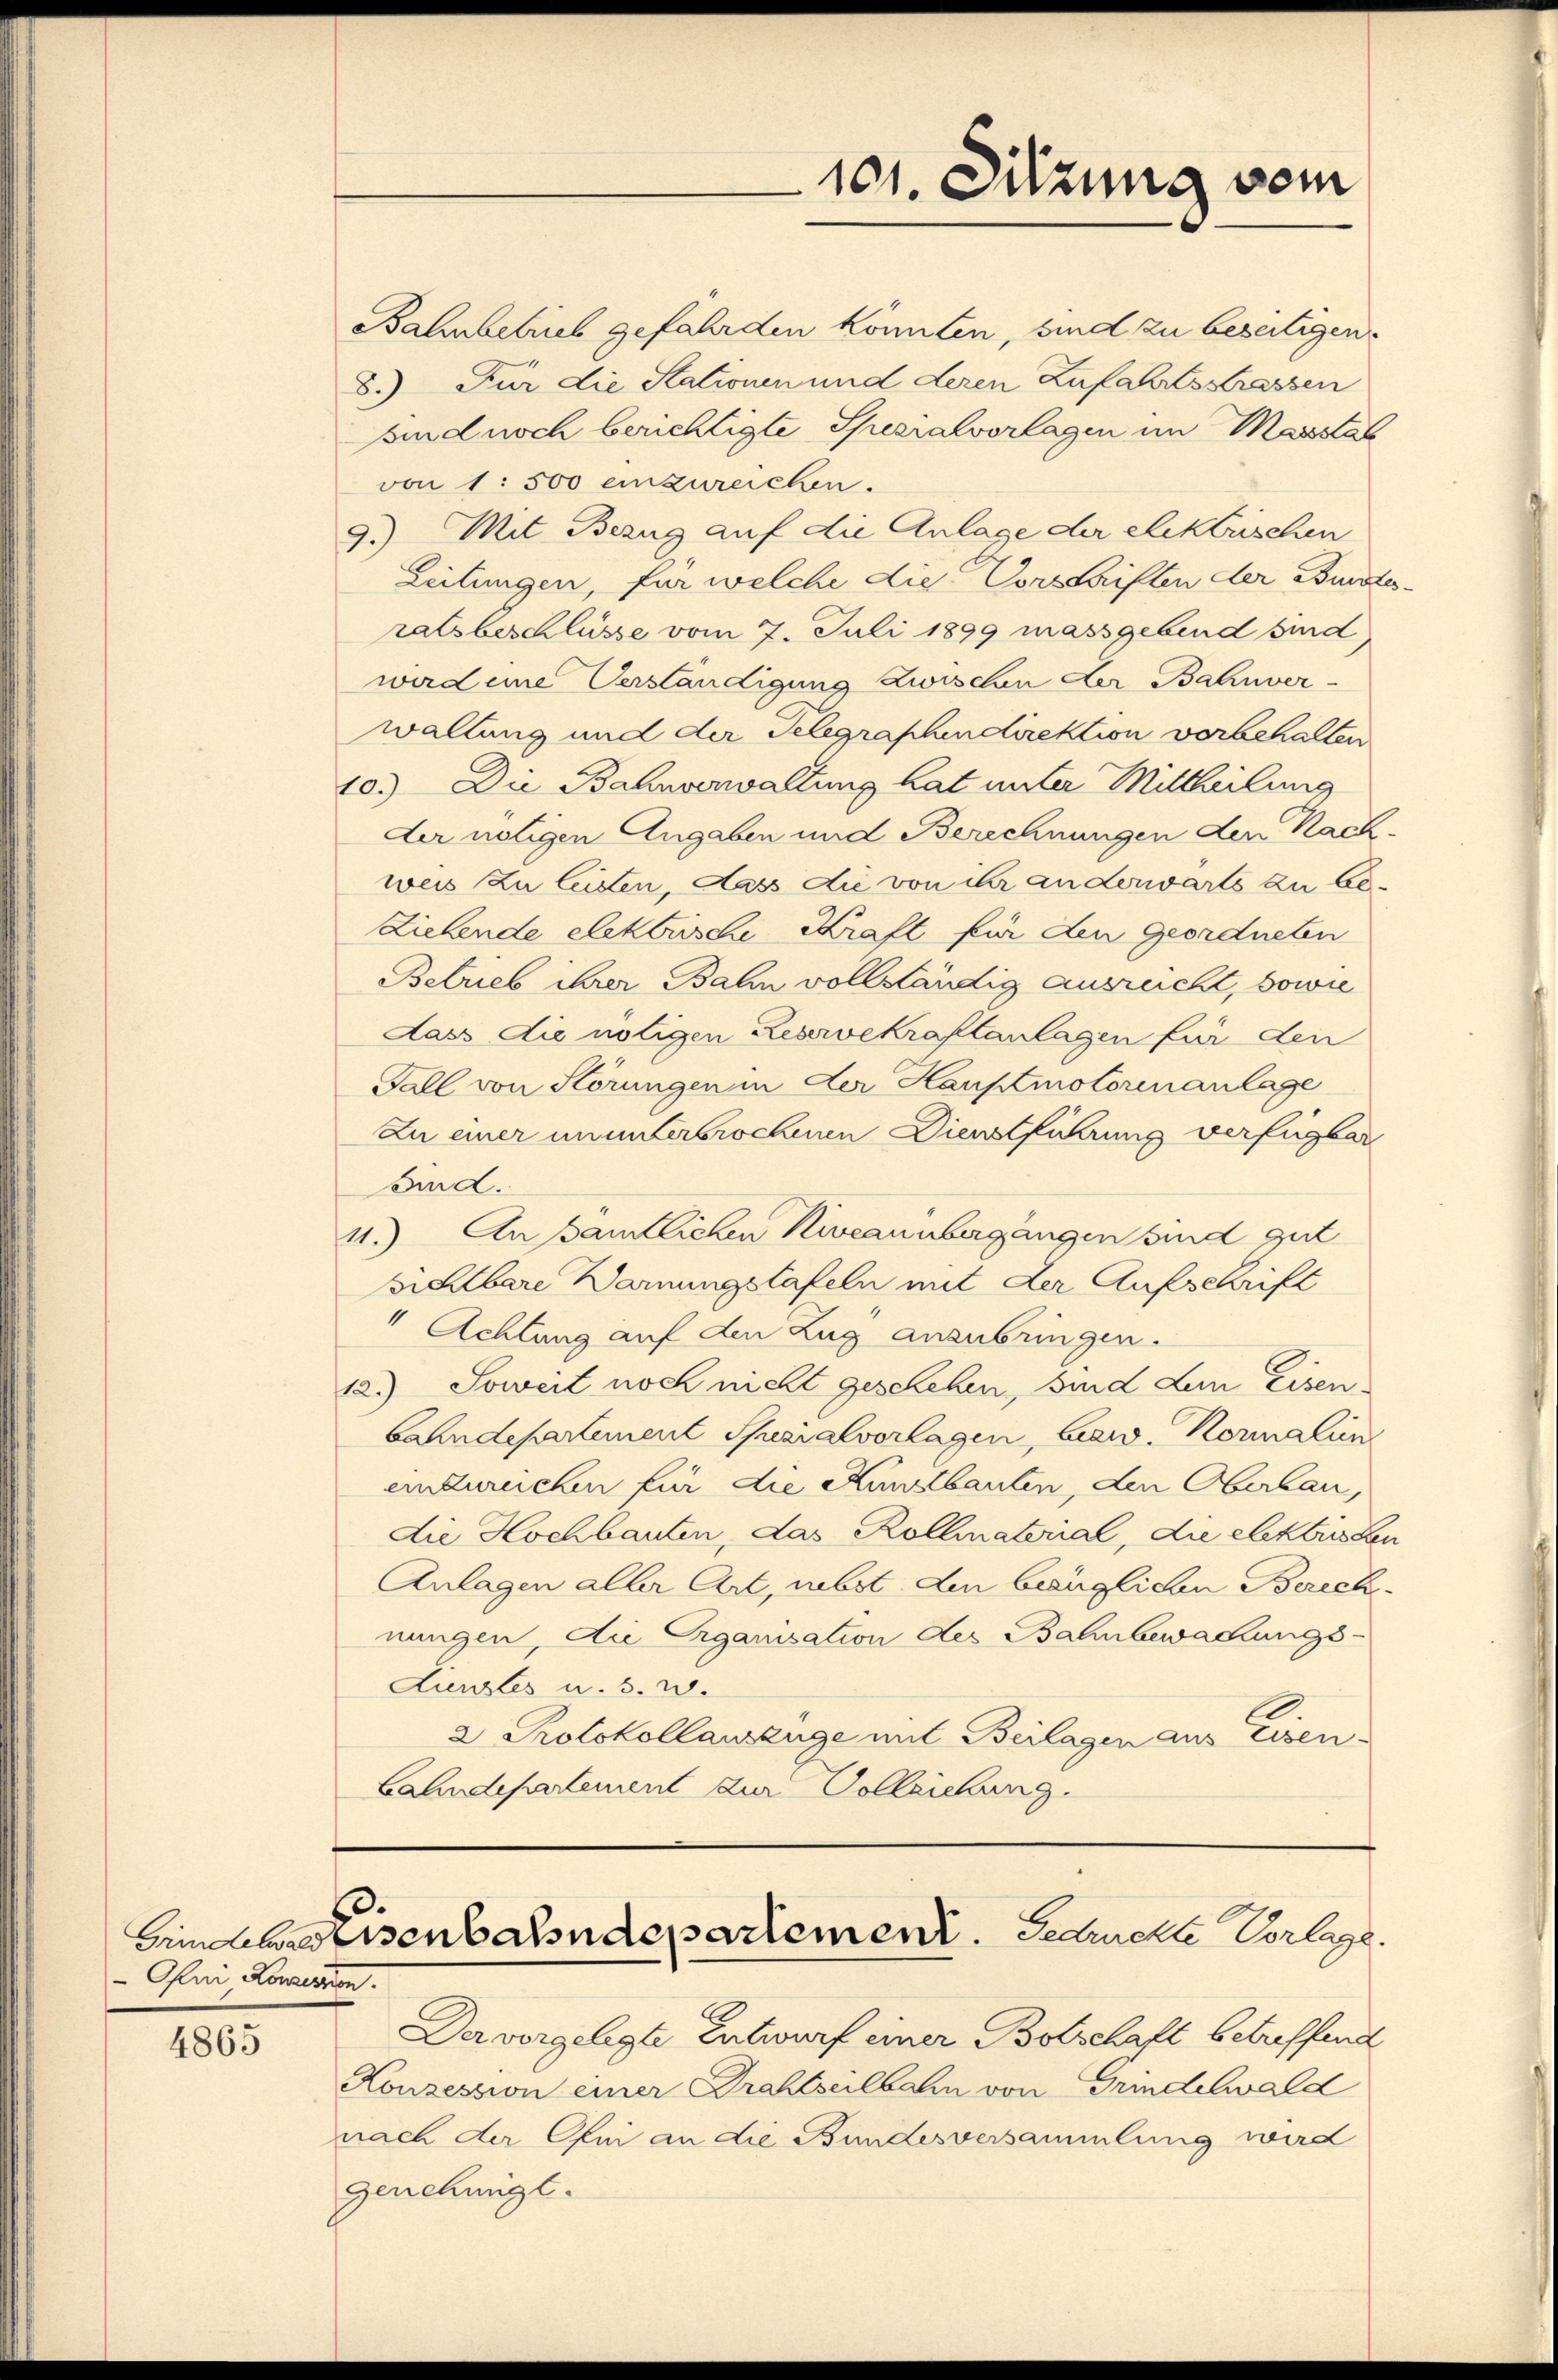
Ofni Kaisen.

4865

Bahnbetrieb gefährden könnten, sind zu beseitigen.
8.) Für die Stationen und deren Zufahrtsstrassen
sind noch berichtigte Spezialvorlagen im Massstat
von 1 500 einzureichen.
9.) Mit Bezug auf die Anlage der elektrischen
Leitungen, für welche die Vorschriften der Burstes-
ratsbeschlüsse vom 7. Juli 1899 massgebend sind
wird eine Verständigung zwischen der Bahnver
waltung und der Telegraphendirektion vorbehalten
10.) Die Bahnverwaltung hat unter Mittheilung
der nötigen Angaben und Berechnungen den Nach-
weis zu leisten, dass die von ihr anderwarts zu Be¬
Zielende elektrische Kraft für den geordneten
Betrieb ihrer Bahn vollständig ausreicht, sowie
dass die nötigen Reservekraplanlagen für den
Fall von Störungen in der Hauptmotorenanlage
Zu einer ununterbrochenen Dienstführung verfügbar
sid.
11.) An sämtlichen Kieannbergangen sind gut
sichtbare Warnungstafeln mit der Aufschrift
" Achtung auf den Zug anzubringen.
12.) Soweit noch nicht geschehen, sind Lein Eisenbahndepartement Quaialvorlagen, Brew. Konnalin
einzureichen für die Kunbauten, den Oberlau,
die Hochbauten, das Kollmaterial, die elektrissen
Anlagen aller Art, nebst den bezüglichen Berech-
nungen, die Organisation des Bahnbewachungs-
Lienstes u. s. w.
2 Protokollauszüge mit Beilagen aus Eisen.
Lahndepartement zur Volleichung.

101. Sitzung vom

Eidbereisenbahndepartement. Gedurchte Vorlage.

Der vorgelegte Entwurf einer Botschaft betreffend
Konzession einer Drahtseilbahn von Grindelwald
nach der Ohmi an die Bundesversammlung wird
Genehmigt.